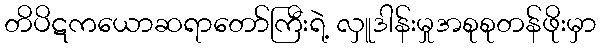
တိပိဋကယောဆရာတော်ကြီးရဲ့ လှူဒါန်းမှုအစုစုတန်ဖိုးမှာ